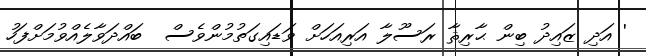
' އަދި ޒައިދު ބިން ޙާރިޘާ ރަސޫލާ އަރިއަހަށް ވަޑައިގަތުމުންވެސް  ބައްދަވާލެއްވުމަށްފަހު